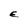
Character: E